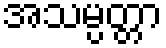
အသမ္ပတ္တာ